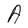
Character: A